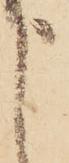
申